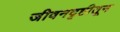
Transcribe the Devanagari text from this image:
जीवनदृष्टीतून